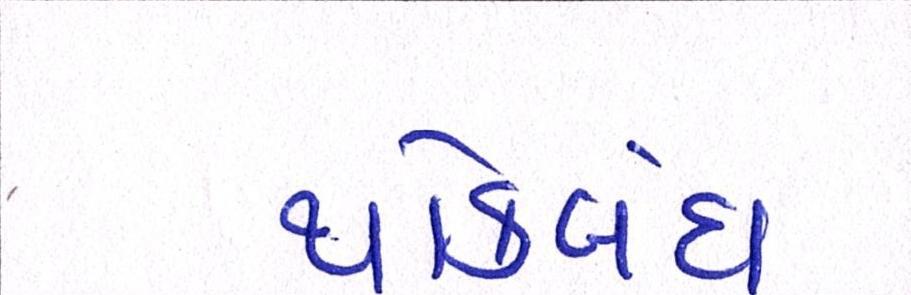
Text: થોકબંધ